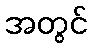
အတွင်